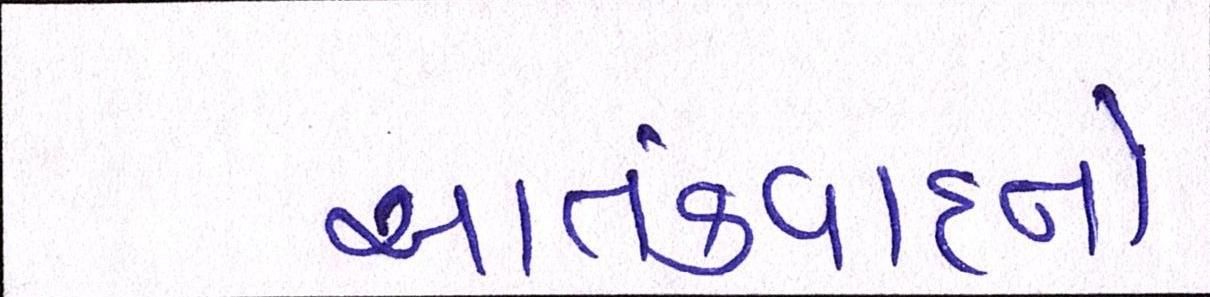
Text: આતંકવાદનો